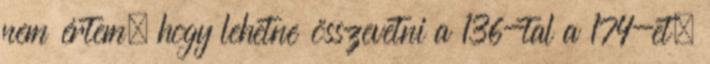
nem értem, hogy lehetne összevetni a 136-tal a 174-et.